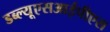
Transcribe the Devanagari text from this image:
डब्ल्यूएसआईपीएस